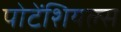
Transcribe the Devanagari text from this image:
पोटेंशियल्स